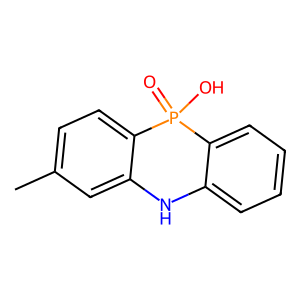
SMILES: Cc1ccc2c(c1)Nc1ccccc1P2(=O)O
Inhibits HIV replication: No